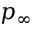
p _ { \infty }